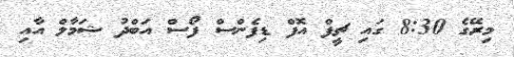
މިރޭގެ 8:30 ގައި ޗީފް އޮފް ޑިފެންސް ފޯސް އަބްދު ޝަމާލް އާއި